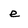
Character: e